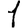
Digit: 1